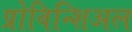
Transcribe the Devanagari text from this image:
प्रोविन्शिअल